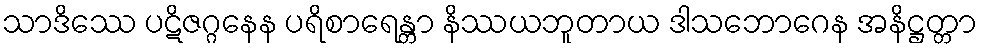
သာဒိဿေ ပဋိဇဂ္ဂနေန ပရိစာရေန္တာ နိဿယဘူတာယ ဒါသဘောဂေန အနိဋ္ဌတ္တာ